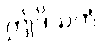
ဤဒိသကံ